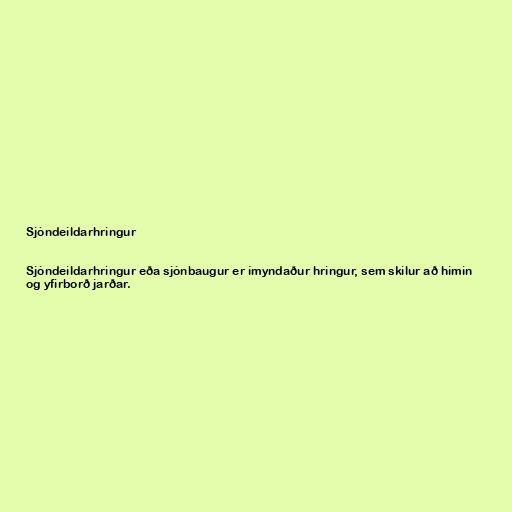
Sjóndeildarhringur

Sjóndeildarhringur eða sjónbaugur er ímyndaður hringur, sem skilur að himin
og yfirborð jarðar.